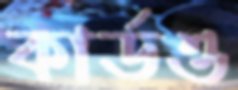
কার্ডও